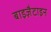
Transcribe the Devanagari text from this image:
बाइज़ैटाइन